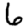
Digit: 6